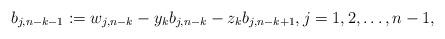
LaTeX: \begin{align*}b_{j,n-k-1}:=w_{j,n-k}-y_kb_{j,n-k}-z_kb_{j,n-k+1}, j=1,2,\ldots,n-1,\end{align*}